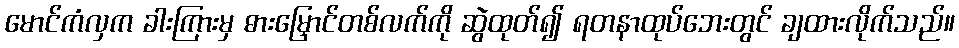
မောင်ကံလှက ခါးကြားမှ ဓားမြှောင်တစ်လက်ကို ဆွဲထုတ်၍ ရတနာထုပ်ဘေးတွင် ချထားလိုက်သည်။